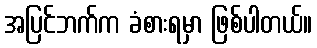
အပြင်ဘက်က ခံစားရမှာ ဖြစ်ပါတယ်။